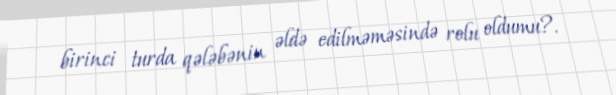
birinci turda qələbənin əldə edilməməsində rolu oldumu?.